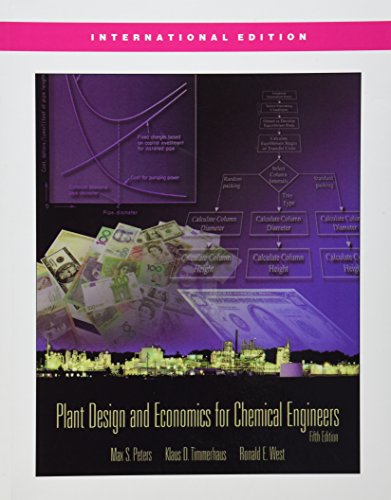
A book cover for Plant Design and Economics for Chemical Engineers (McGraw-Hill Chemical Engineering); Max S. Peters; Engineering & Transportation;